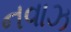
નવાઝ